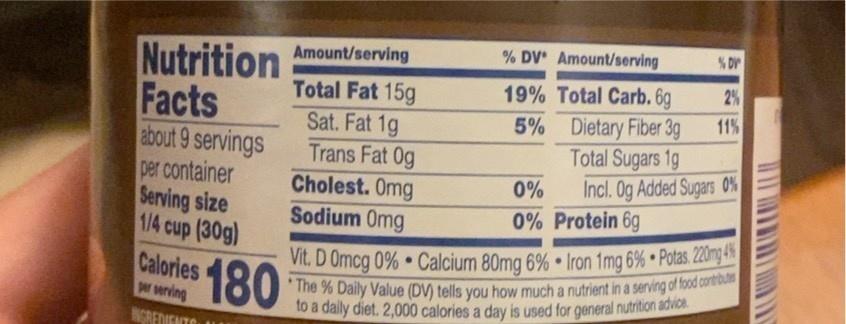
'The % Daily Value (DV) tells you how much a nutrient in a serving of food contrbutn
% DV Amount/serving
% DY
Nutrition Facts
Amount/serving
2%
Total Fat 15g Sat. Fat 1g Trans Fat Og Cholest. Omg Sodium Omg
19% Total Carb. 6g 5% Dietary Fiber 3g Total Sugars 1g Incl. Og Added Sugars 0%
11%
about 9 servings per container Serving size 1/4 cup (30g) Calories r wrving
0%
0% Protein 6g
Vit. D Omcg 0% Calcium 80mg 6% Iron 1mg 6% Potas. 20mg 180
to a daily diet. 2,000 calories a day is used for general nutrition advice
NGREDIENTO